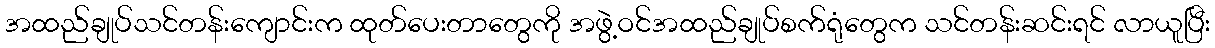
အထည်ချုပ်သင်တန်းကျောင်းက ထုတ်ပေးတာတွေကို အဖွဲ့ဝင်အထည်ချုပ်စက်ရုံတွေက သင်တန်းဆင်းရင် လာယူပြီး